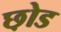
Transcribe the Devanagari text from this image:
छ़ोड